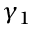
\gamma _ { 1 }